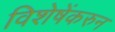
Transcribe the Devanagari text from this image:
विशेषेंकरुन